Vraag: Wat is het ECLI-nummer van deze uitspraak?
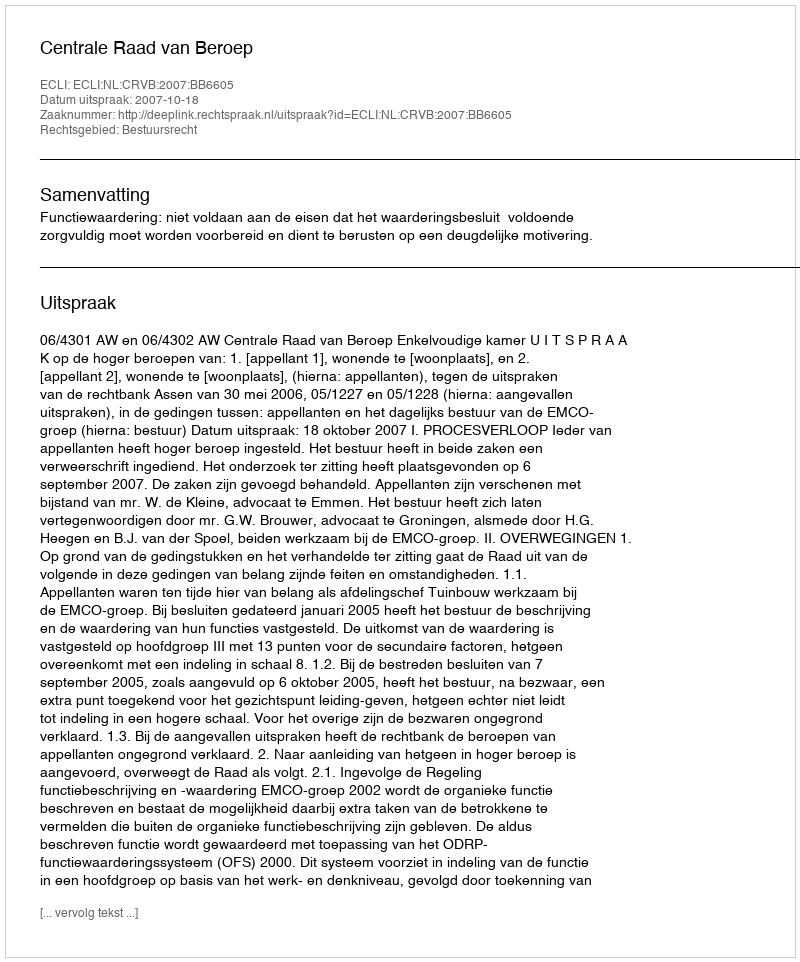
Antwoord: ECLI:NL:CRVB:2007:BB6605